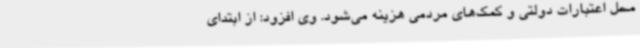
محل اعتبارات دولتی و کمک‌های مردمی هزینه می‌شود. وی افزود: از ابتدای